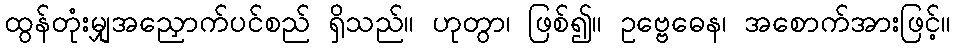
ထွန်တုံးမျှအညှောက်ပင်စည် ရှိသည်။ ဟုတွာ၊ ဖြစ်၍။ ဥဗ္ဗေဓေန၊ အစောက်အားဖြင့်။